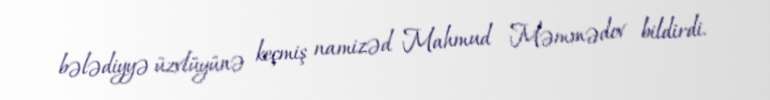
bələdiyyə üzvlüyünə keçmiş namizəd Mahmud Məmmədov bildirdi.